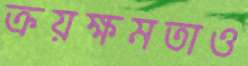
ক্রয়ক্ষমতাও